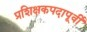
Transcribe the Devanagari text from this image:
प्रशिक्षकपदापूर्वी